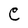
Character: C